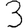
Digit: 3